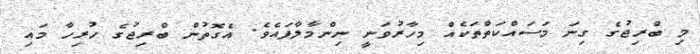
މި ބްރިޖުގެ ގިނަ މަސައްކަތްތަކެއް މިހާރުވަނީ ނިންމާލާފައެވެ. އެގޮތުން ބްރިޖުގެ ހުރިހާ މައި